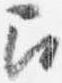
召